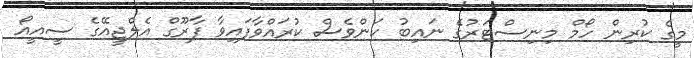
މީގެ ކުރިން ހޯމް މިނިސްޓަރުގެ ނައިބު ކަންވެސް ކުރައްވާފައިވާ ފާރޫގް އެލްޖީއޭގެ ސީއީއޯ